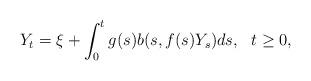
LaTeX: \begin{align*}Y_{t}=\xi +\int_{0}^{t}g(s)b(s,f(s)Y_{s})ds,\ \ t\geq 0, \end{align*}